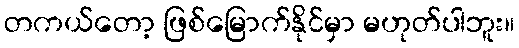
တကယ်တော့ ဖြစ်မြောက်နိုင်မှာ မဟုတ်ပါဘူး။